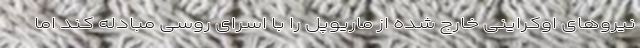
نیروهای اوکراینی خارج شده از ماریوپل را با اسرای روسی مبادله کند اما